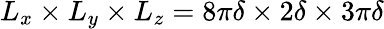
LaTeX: L_{x}\times L_{y}\times L_{z}=8\pi\delta\times 2\delta\times 3\pi\delta